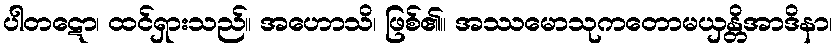
ပါတဋော၊ ထင်ရှားသည်။ အဟောသိ၊ ဖြစ်၏။ အဿမောသုကတောမယှန္တိအာဒိနာ၊